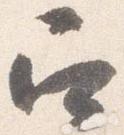
召